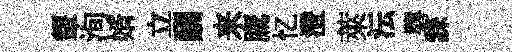
顰洵婿立酬来鷹忆澄萊沄礱誄